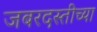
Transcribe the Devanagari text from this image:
जबरदस्तीच्या